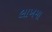
લાખમા